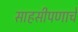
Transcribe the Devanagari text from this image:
साहसीपणाचे